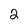
Character: 2